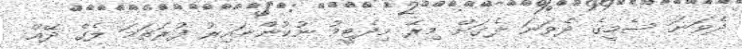
ދެވަނަ ސެމީގެ ދެވަނަ ލެގަށް މިރޭ މިދެޓީމު ނުކުންނައިރު ފުރަތަމަ ލެގް ދޭއް